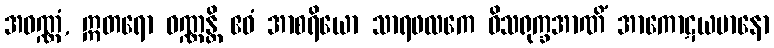
အဝဏ္ဏံ, ဣတရော ဝဏ္ဏန္တိ ဧဝံ အာစရိယော သာရဖလကေ ဝိသရုက္ခအာဏိံ အာကောဋယမာနော